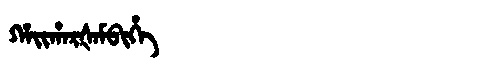
Manchu: ᡥᠠᡳᡥᠠᡵᡧᠠᠮᠪᡳᡥᡝ
Romanization: HAIHARŠAMBIHE